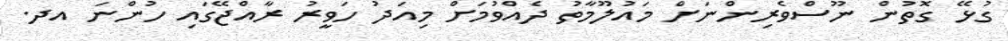
ގުޅޭ ގޮތުން ނޫސްވެރިންނަށް މައުލޫމާތު ދެއްވުމަށް މިއަދު ހަވީރު ރާއްޖޭގައި ހުންނަ އދ.